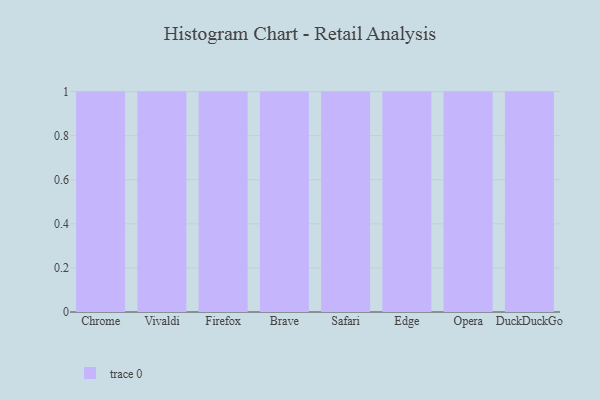
{"axis": {"x": "Browser", "y": "Active Users"}, "legend": [""], "data": [{"x": "Chrome", "y": 45, "type": ""}, {"x": "Vivaldi", "y": 85, "type": ""}, {"x": "Firefox", "y": 75, "type": ""}, {"x": "Brave", "y": 12, "type": ""}, {"x": "Safari", "y": 60, "type": ""}, {"x": "Edge", "y": 77, "type": ""}, {"x": "Opera", "y": 15, "type": ""}, {"x": "DuckDuckGo", "y": 98, "type": ""}]}